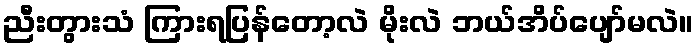
ညီးတွားသံ ကြားရပြန်တော့လဲ မိုးလဲ ဘယ်အိပ်ပျော်မလဲ။